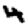
Digit: 4